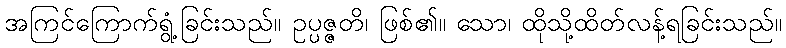
အကြင်ကြောက်ရွံ့ခြင်းသည်။ ဥပ္ပဇ္ဇတိ၊ ဖြစ်၏။ သော၊ ထိုသို့ထိတ်လန့်ရခြင်းသည်။